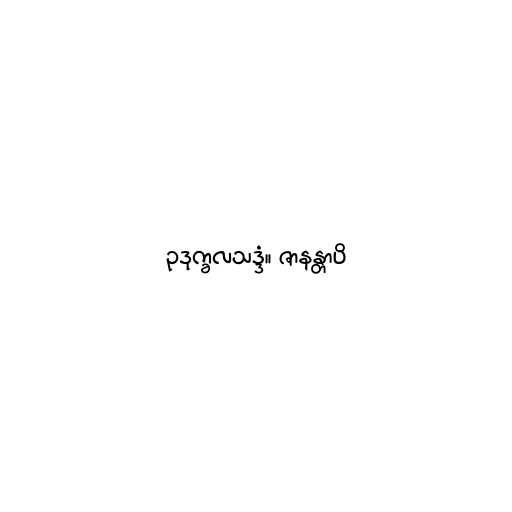
ဥဒုက္ခလသဒ္ဒံ။ ဇာနန္တာပိ